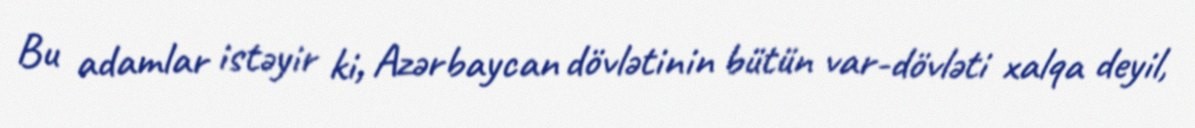
Bu adamlar istəyir ki, Azərbaycan dövlətinin bütün var-dövləti xalqa deyil,